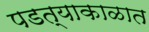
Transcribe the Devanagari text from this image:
पडत्याकाळात